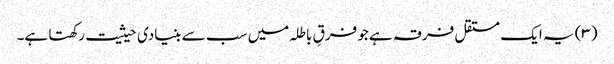
(۳) یہ ایک مستقل فرقہ ہے جو فرقِ باطلہ میں سب سے بنیادی حیثیت رکھتا ہے۔